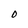
Character: 0